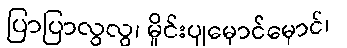
ပြာပြာလွလွ၊ မှိုင်းပျမှောင်မှောင်၊